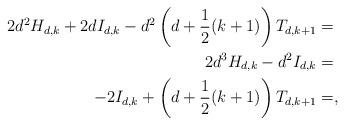
LaTeX: \begin{align*} 2 d^2 H_{d,k} + 2d I_{d,k} - d^2 \left(d + \frac{1}{2} (k+1)\right) T_{d,k+1} & = \\ 2 d^3 H_{d,k} - d^2 I_{d,k} & = \\ -2 I_{d,k} + \left(d + \frac{1}{2} (k + 1)\right) T_{d,k+1} & = , \end{align*}